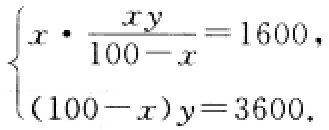
$\begin{cases}x\cdot \frac{xy}{100 - x}=1600,\\(100 - x)y = 3600.\end{cases}$